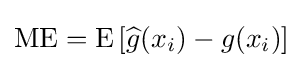
\operatorname {ME} =\operatorname {E} \left[{\widehat {g}}(x_{i})-g(x_{i})\right]